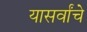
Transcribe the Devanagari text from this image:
यासर्वांचे